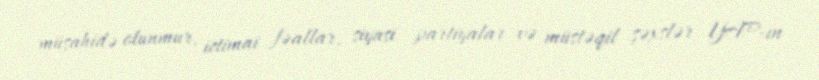
müşahidə olunmur, ictimai fəallar, siyasi partiyalar və müstəqil şəxslər YAP-ın